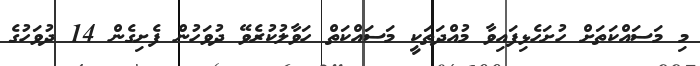
މި މަސައްކަތަށް ހުށަހެޅިފައިވާ މުއްދަތަކީ މަސައްކަތް ހަވާލުކުރެވޭ ދުވަހުން ފެށިގެން 14 ދުވަހުގެ